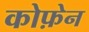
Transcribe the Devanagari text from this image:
कोफ़ेन